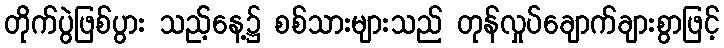
တိုက်ပွဲဖြစ်ပွား သည့်နေ့၌ စစ်သားများသည် တုန်လှုပ်ချောက်ချားစွာဖြင့်